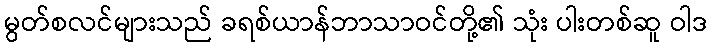
မွတ်စလင်များသည် ခရစ်ယာန်ဘာသာဝင်တို့၏ သုံး ပါးတစ်ဆူ ဝါဒ